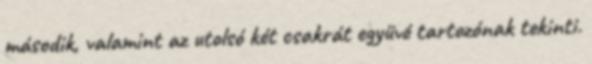
második, valamint az utolsó két csakrát együvé tartozónak tekinti.